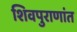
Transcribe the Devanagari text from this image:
शिवपुराणांत